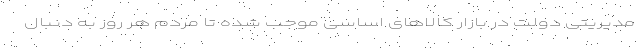
مدیریتی دولت در بازار کالاهای اساسی موجب شده تا مردم هر روز به دنبال